Indian journal of veterinary science and animal husbandry - Volume 6,
Year: 1936
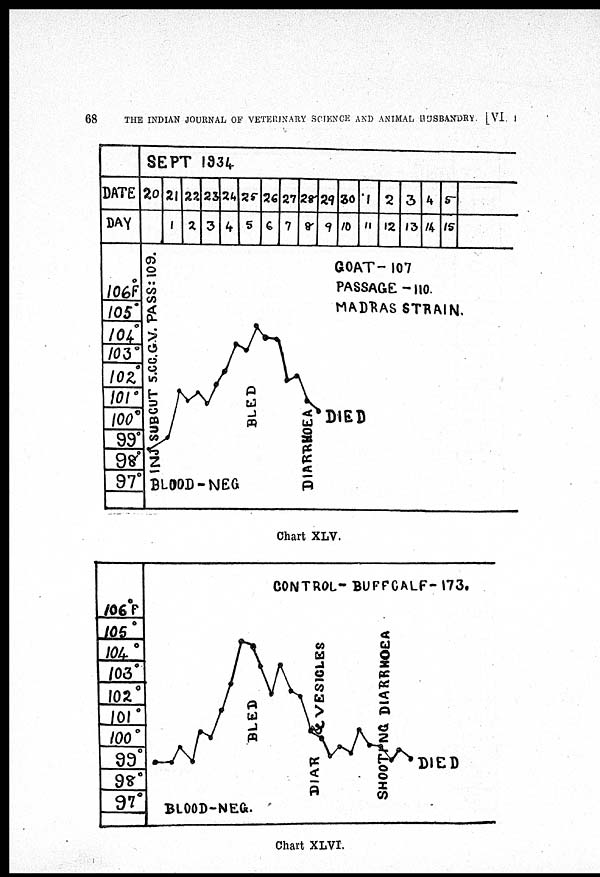
68
THE INDIAN JOURNAL OF VETERINARY SCIENCE AND ANIMAL HUSBANDRY [VI, I
Chart XLV.
Chart XLVI.